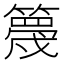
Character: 𥴸